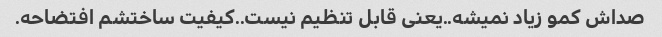
صداش کمو زیاد نمیشه..یعنی قابل تنظیم نیست..کیفیت ساختشم افتضاحه.